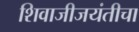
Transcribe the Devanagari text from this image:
शिवाजीजयंतीचा